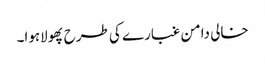
خالی دامن غبارے کی طرح پھولاہوا۔